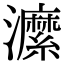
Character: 𤃰